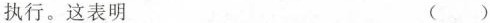
执行。这表明 （）